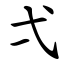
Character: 弌